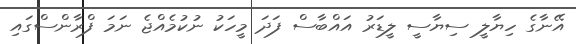
އޭނާގެ ހިޔާލީ ސިޔާސީ ލީޑަރު އައްބާސް ފަދަ މީހަކު ނުކުމެއްޖެ ނަމަ ފްރާންސްގައި